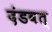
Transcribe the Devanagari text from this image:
दंडवत्‌